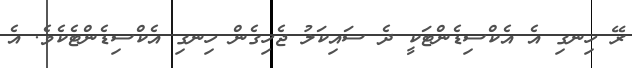
ރޭ ހިނގި އެ އެކްސިޑެންޓަކީ ދެ ސައިކަލު ޖެހިގެން ހިނގި އެކްސިޑެންޓެކެވެ. އެ